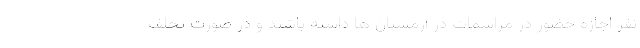
نفر اجازه حضور در مراسمات در آرمستان ها داشته باشند و در صورت تخلف